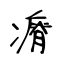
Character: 瘠